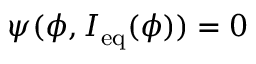
\psi ( \phi , I _ { \mathrm { e q } } ( \phi ) ) = 0